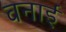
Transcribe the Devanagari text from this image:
वनाई